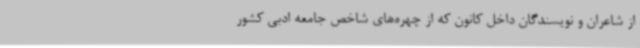
از شاعران و نویسندگان داخل کانون که از چهره‌های شاخص جامعه ادبی کشور